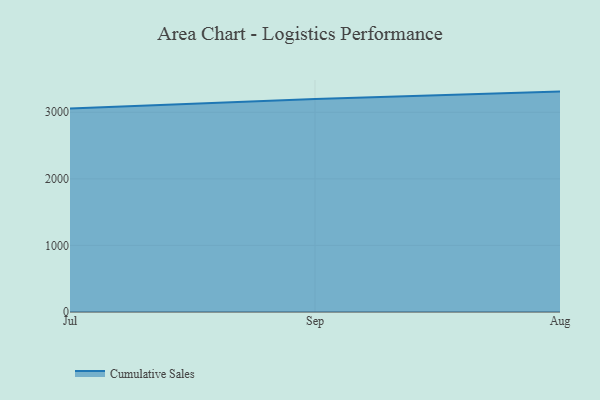
{"axis": {"x": "Month", "y": "Net Income (USD K)"}, "legend": ["Cumulative Sales"], "data": [{"x": "Jul", "y": 3055.3, "type": "Cumulative Sales"}, {"x": "Sep", "y": 3199.4, "type": "Cumulative Sales"}, {"x": "Aug", "y": 3310.5, "type": "Cumulative Sales"}]}